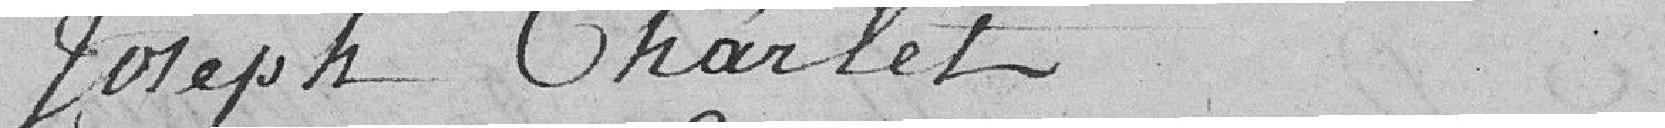
Joseph Charlet